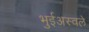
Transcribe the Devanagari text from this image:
भुईअस्वले